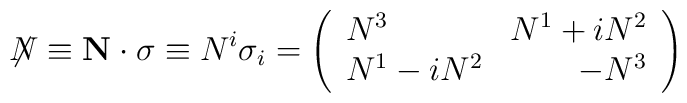
\not\!\!{N} \equiv {\bf N \cdot \sigma} \equiv N^i \sigma_i = \left( \begin{array}{lr} N^3        & N^1 + iN^2 \\ N^1 - iN^2 &      - N^3 \end{array} \right)